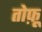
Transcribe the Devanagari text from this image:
तोफ़ू